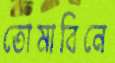
তোমাবিনে